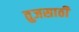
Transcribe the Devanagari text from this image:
तुजसाठी